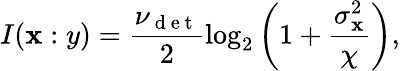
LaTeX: I(\mathbf{x}:y)=\frac{{\nu_{\mathrm{{~d~e~t~}}}}}{{2}}\log_{2}\left(1+\frac{{\sigma_{\mathbf{x}}^{2}}}{{\chi}}\right),